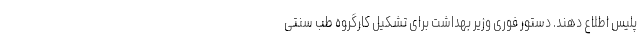
پلیس اطلاع دهند. دستور فوری وزیر بهداشت برای تشکیل کارگروه طب سنتی